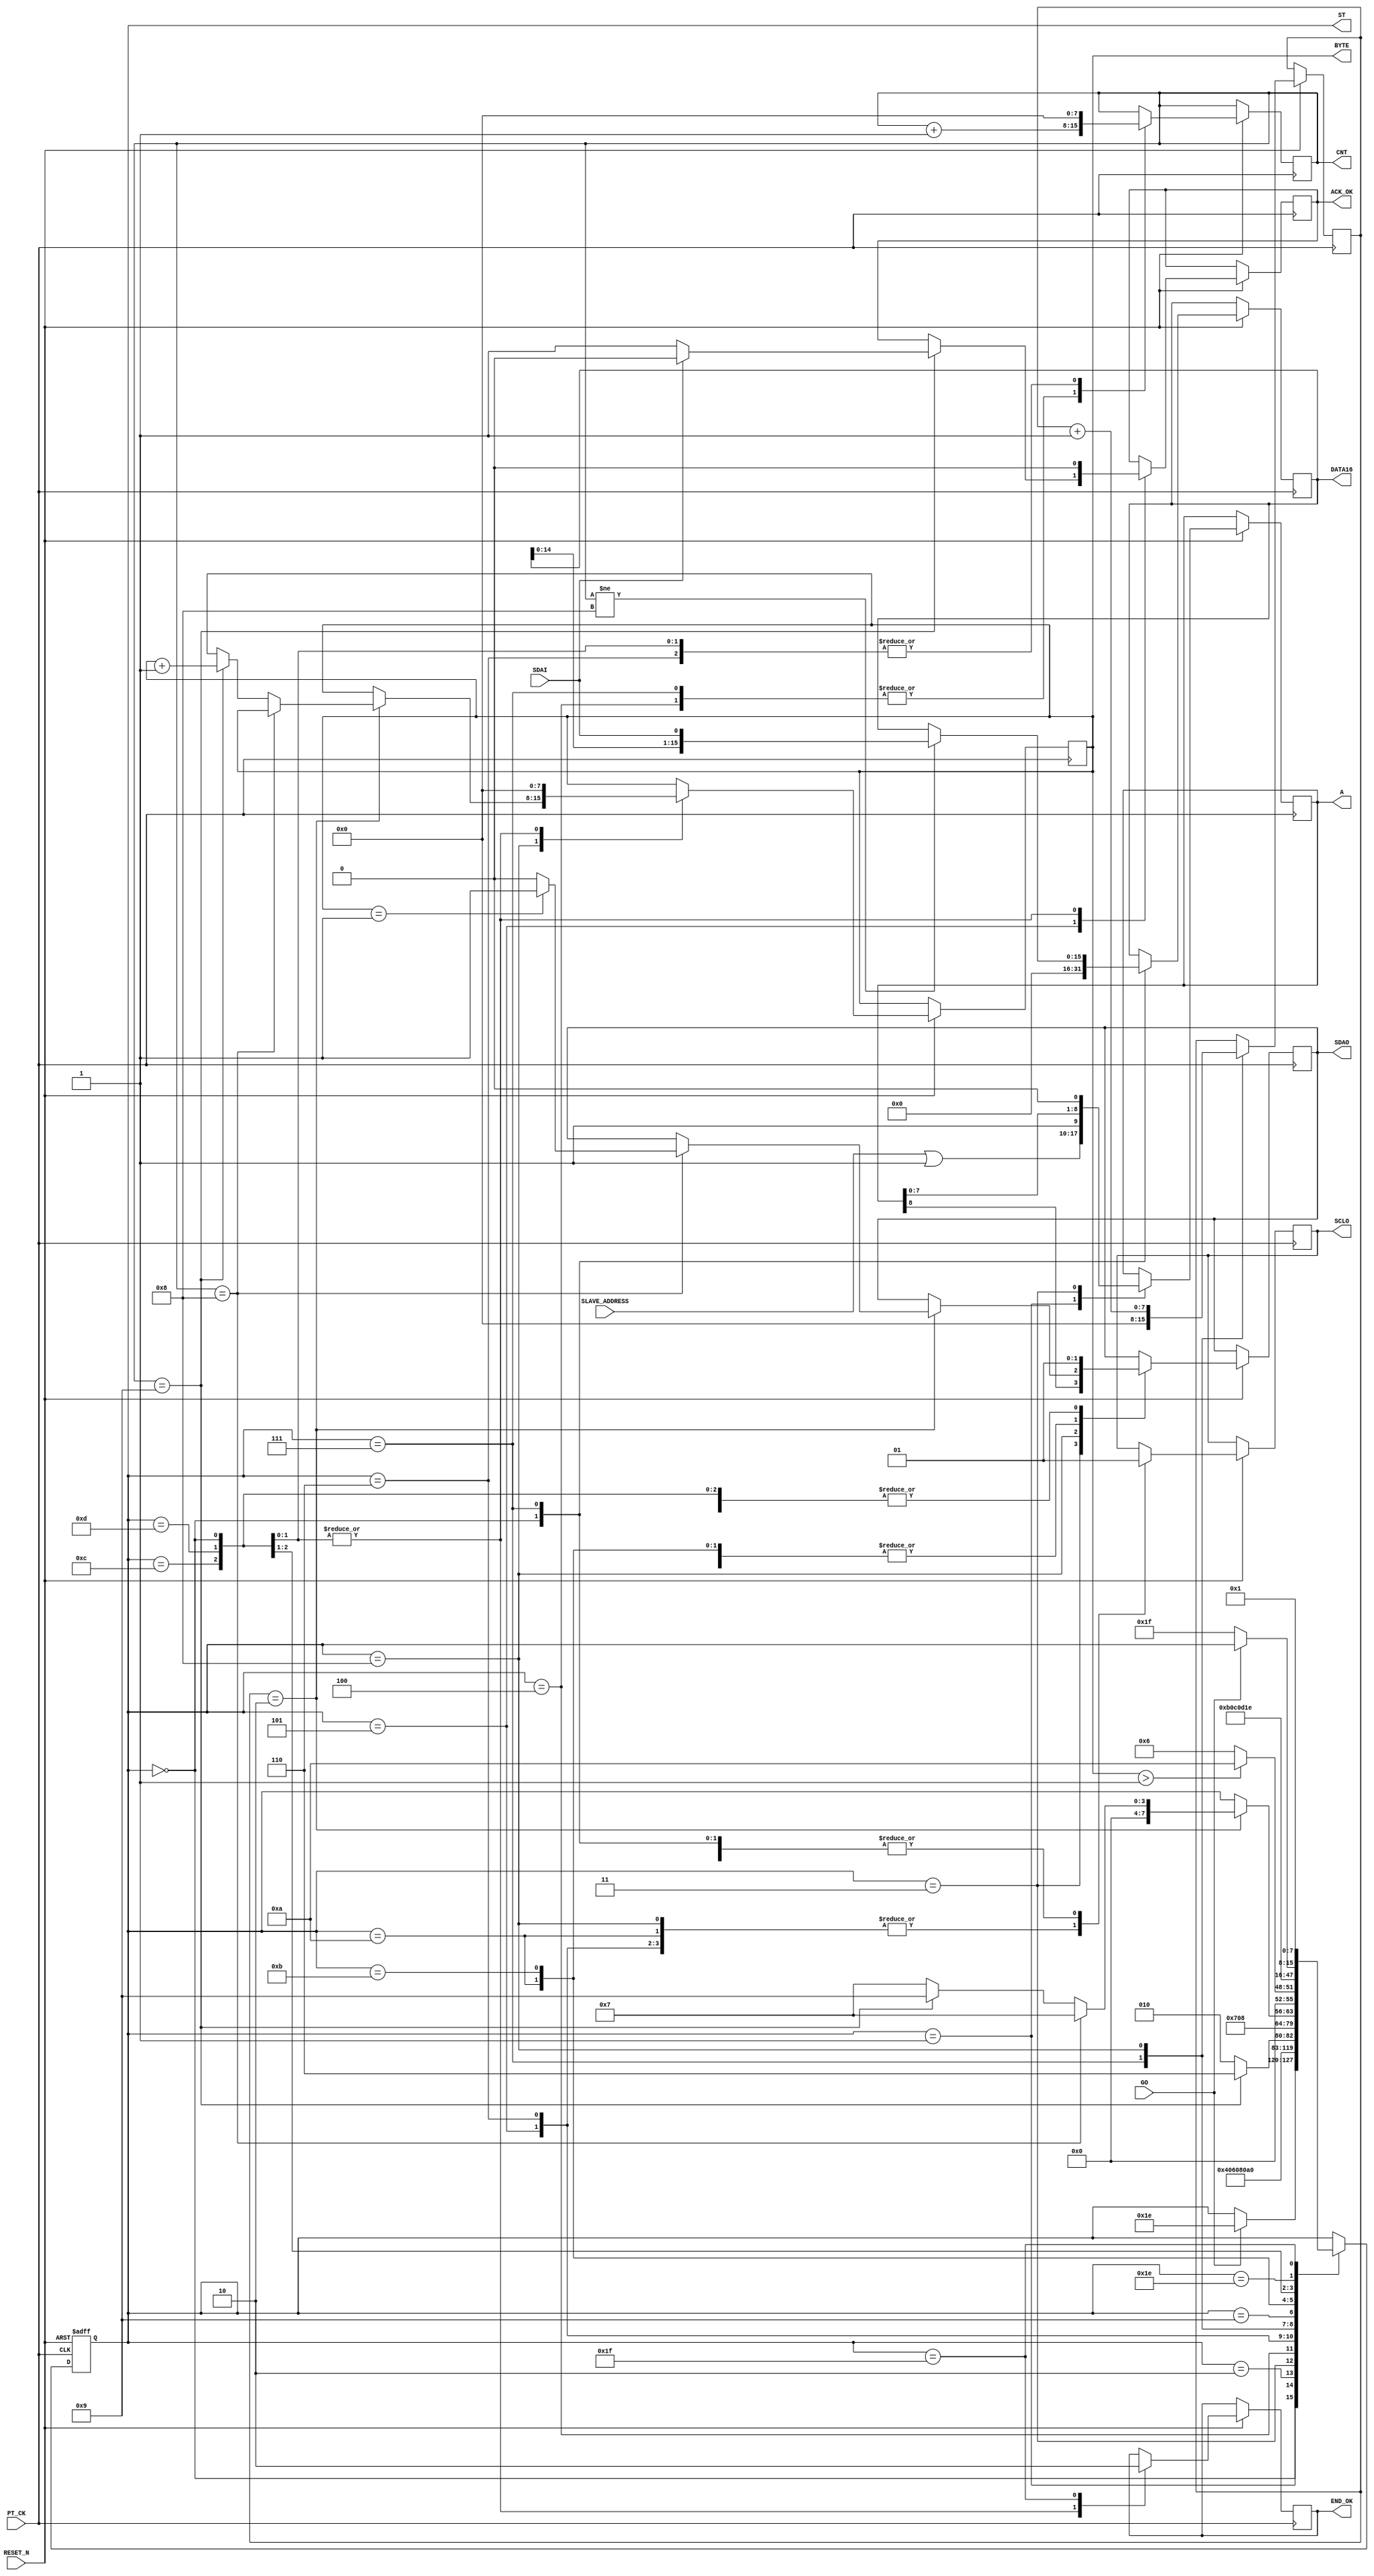
module I2C_READ (
   input  				RESET_N ,
	input       		PT_CK,
	input       [7:0]	SLAVE_ADDRESS ,
	input       		GO,
	input       		SDAI,
	output reg  		SDAO,
	output reg  		SCLO,
	output reg  		END_OK , 
	output reg  [15:0]DATA16 , 
	//for TEST
	output reg  [7:0] ST ,
	output reg        ACK_OK,
	output reg  [7:0] CNT,
	output reg  [8:0] A ,
	output reg  [7:0] BYTE
);

reg    [7:0]DELY ;    //ST DELAY
wire   [7:0]END_BYTE ; 
assign      END_BYTE =1 ;

always @( negedge RESET_N or posedge  PT_CK )begin
if (!RESET_N  ) ST <=0;
else 
	  case (ST)
	    0: begin  
		      SDAO   <=1; 
	         SCLO   <=1;
	         ACK_OK <=0;
	         CNT    <=0;
	         END_OK <=1;
	         BYTE   <=0;
				DATA16 <=0;
	         if (GO) ST  <=30 ;							
		    end		  
	  //----I2C READ-COMMAND---
	    1: begin  //start 
		      ST <=2 ; 
			   { SDAO,  SCLO } <= 2'b01; 
				A <= {SLAVE_ADDRESS | 1  ,1'b1 };//READ COMMAND
		    end
	    2: begin  //start 
		      ST <=3 ; 
			   { SDAO,  SCLO } <= 2'b00; 
		    end
			 
	    3: begin  //start 
		      ST <=4 ; 
			   { SDAO, A } <= { A ,1'b0 }; 
		    end
	    4: begin
		      ST <=5 ; 
			   SCLO <= 1'b1 ; 
				CNT <= CNT +1 ;
		    end
			 
	    5: begin  
			   SCLO <= 1'b0 ; 
			   if (CNT ==9) begin
				    ST <= 6 ; 
					 if ( !SDAI ) ACK_OK <=1 ; 
					 else ACK_OK <=0 ; 
				 end
				 else ST <= 2;
		    end			 
     //-----DATA READ---
	    6: begin 
		      ST <=7 ; 
			   {SDAO , SCLO} <= 2'b10; 
				CNT <=0 ;
		    end
	    7: begin  
		      ST <=8 ;  
				DELY <=0;
			   SCLO <= 1'b1 ; 
				if (CNT!=8) DATA16[15:0]  <= { DATA16[14:0], SDAI };
				CNT <= CNT +1 ;
		    end			 
	    8: begin  		 
		    DELY <=DELY+1 ;
			 SCLO <= 1'b0 ; 
			 if (DELY ==2)  begin 			    
			    if (CNT ==8) begin
				      ST <= 7;
					   if (BYTE  == END_BYTE )  SDAO <= 1'b1 ; 
					   else  
					   SDAO <= 1'b0 ;
				 end
			    else if (CNT == 9)  
				    begin 
					   BYTE <= BYTE +1 ;   ST <= 9; 
					 end
				 else ST <= 7;
			 end	 
		    end
	    9: begin
		     if  ( BYTE > END_BYTE ) ST <=10 ; 
			   else ST <=6 ; 
			   
         end
	    10: begin          //stop
		      ST <=11 ; 
			   { SDAO,  SCLO } <= 2'b00; 
         end
	    11: begin          //stop
		      ST <=12 ; 
			   { SDAO,  SCLO } <= 2'b01; 
         end
	    12: begin          //stop
		      ST <=13 ; 
			   { SDAO,  SCLO } <= 2'b11; 
         end	
		 13:	 
			  begin
		      ST     <= 30; 
				END_OK <= 1;
		      SDAO   <=1; 
	         SCLO   <=1;
	         ACK_OK <=0;
	         CNT    <=0;
	         BYTE <=0;				
		     end
		//--- END ---
		30: begin
            if (!GO) ST  <=31;
          end
 		31: begin 
		    ST  <=1; END_OK<=0;
          end		 			  	  
	  endcase 
  end

endmodule